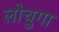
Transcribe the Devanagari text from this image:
लोचुगा